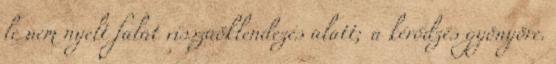
le nem nyelt falat visszaöklendezés alatt; a kérődzés gyönyöre.